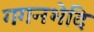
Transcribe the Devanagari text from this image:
गगनभेदि